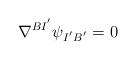
LaTeX: \begin{align*}\nabla^{BI^{'}}\psi_{I^{'}B^{'}}=0\end{align*}